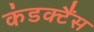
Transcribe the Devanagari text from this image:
कंडक्टैंस